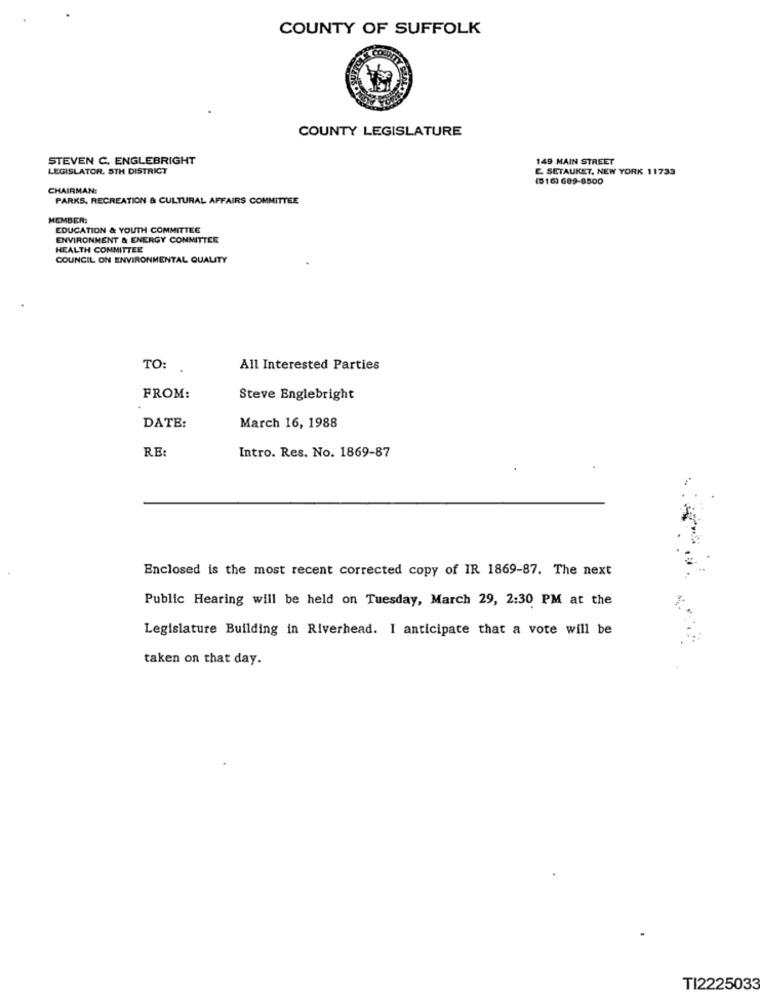
COUNTY OF SUFFOLK
COUNTY LEGISLATURE
STEVEN C. ENGLEBRIGHT
149 MAIN STREET
LEGISLATOR, 5TH DISTRICT
E SETAUKET, NEW YORK 11733
(516) 689-8500
CHAIRMAN:
PARKS. RECREATION & CULTURAL AFFAIRS COMMITTEE
MEMBER:
EDUCATION & YOUTH COMMITTEE
ENVIRONMENT & ENERGY COMMITTEE
HEALTH COMMITTEE
COUNCIL ON ENVIRONMENTAL QUALITY
TO: .
All Interested Parties
FROM:
Steve Englebright
DATE:
March 16, 1988
Intro. Res. No. 1869-87
RE:
Enclosed is the most recent corrected copy of IR 1869-87. The next
Public Hearing will be held on Tuesday, March 29, 2:30 PM at the
Legislature Building in Riverhead. I anticipate that a vote will be
taken on that day.
TI2225033